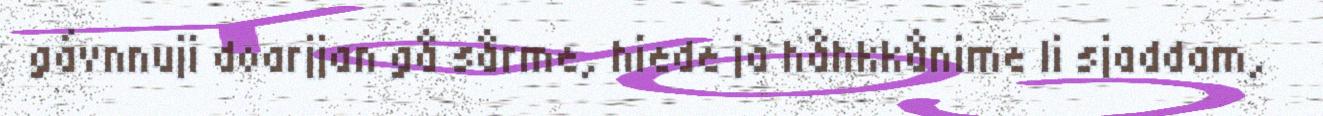
gávnnuji doarjjan gå sårme, hiede ja håhkkånime li sjaddam,